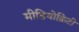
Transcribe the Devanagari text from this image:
मीडियोक्रिटी